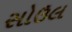
સોઉલ